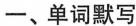
一、单词默写